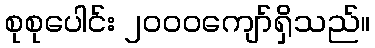
စုစုပေါင်း ၂၀၀၀ကျော်ရှိသည်။